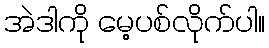
အဲဒါကို မေ့ပစ်လိုက်ပါ။